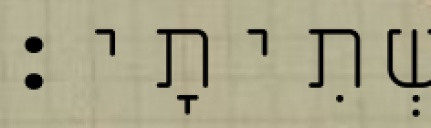
שְׁתִיתָי׃